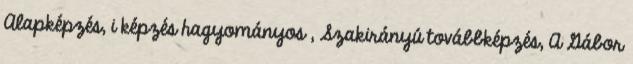
Alapképzés, i képzés hagyományos , Szakirányú továbbképzés, A Gábor